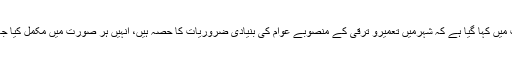
رپورٹ میں کہا گیا ہے کہ شہرمیں تعمیرو ترقی کے منصوبے عوام کی بنیادی ضروریات کا حصہ ہیں، انہیں ہر صورت میں مکمل کیا جائے گا۔